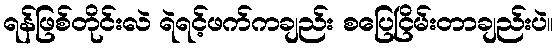
ရန်ဖြစ်တိုင်းလဲ ရဲရင့်ဖက်ကချည်း စပြေငြိမ်းတာချည်းပဲ။